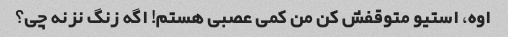
اوه، استیو متوقفش کن من کمی عصبی هستم! اگه زنگ نزنه چی؟